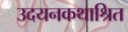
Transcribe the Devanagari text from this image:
उदयनकथाश्रित